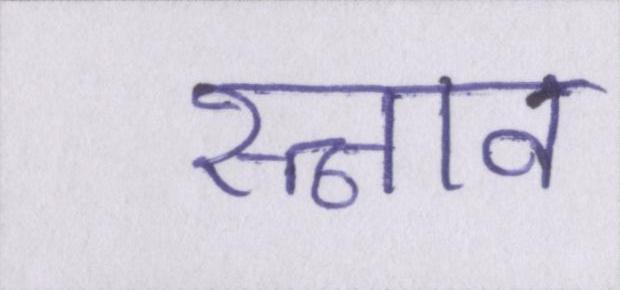
स्त्राव